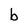
Character: b